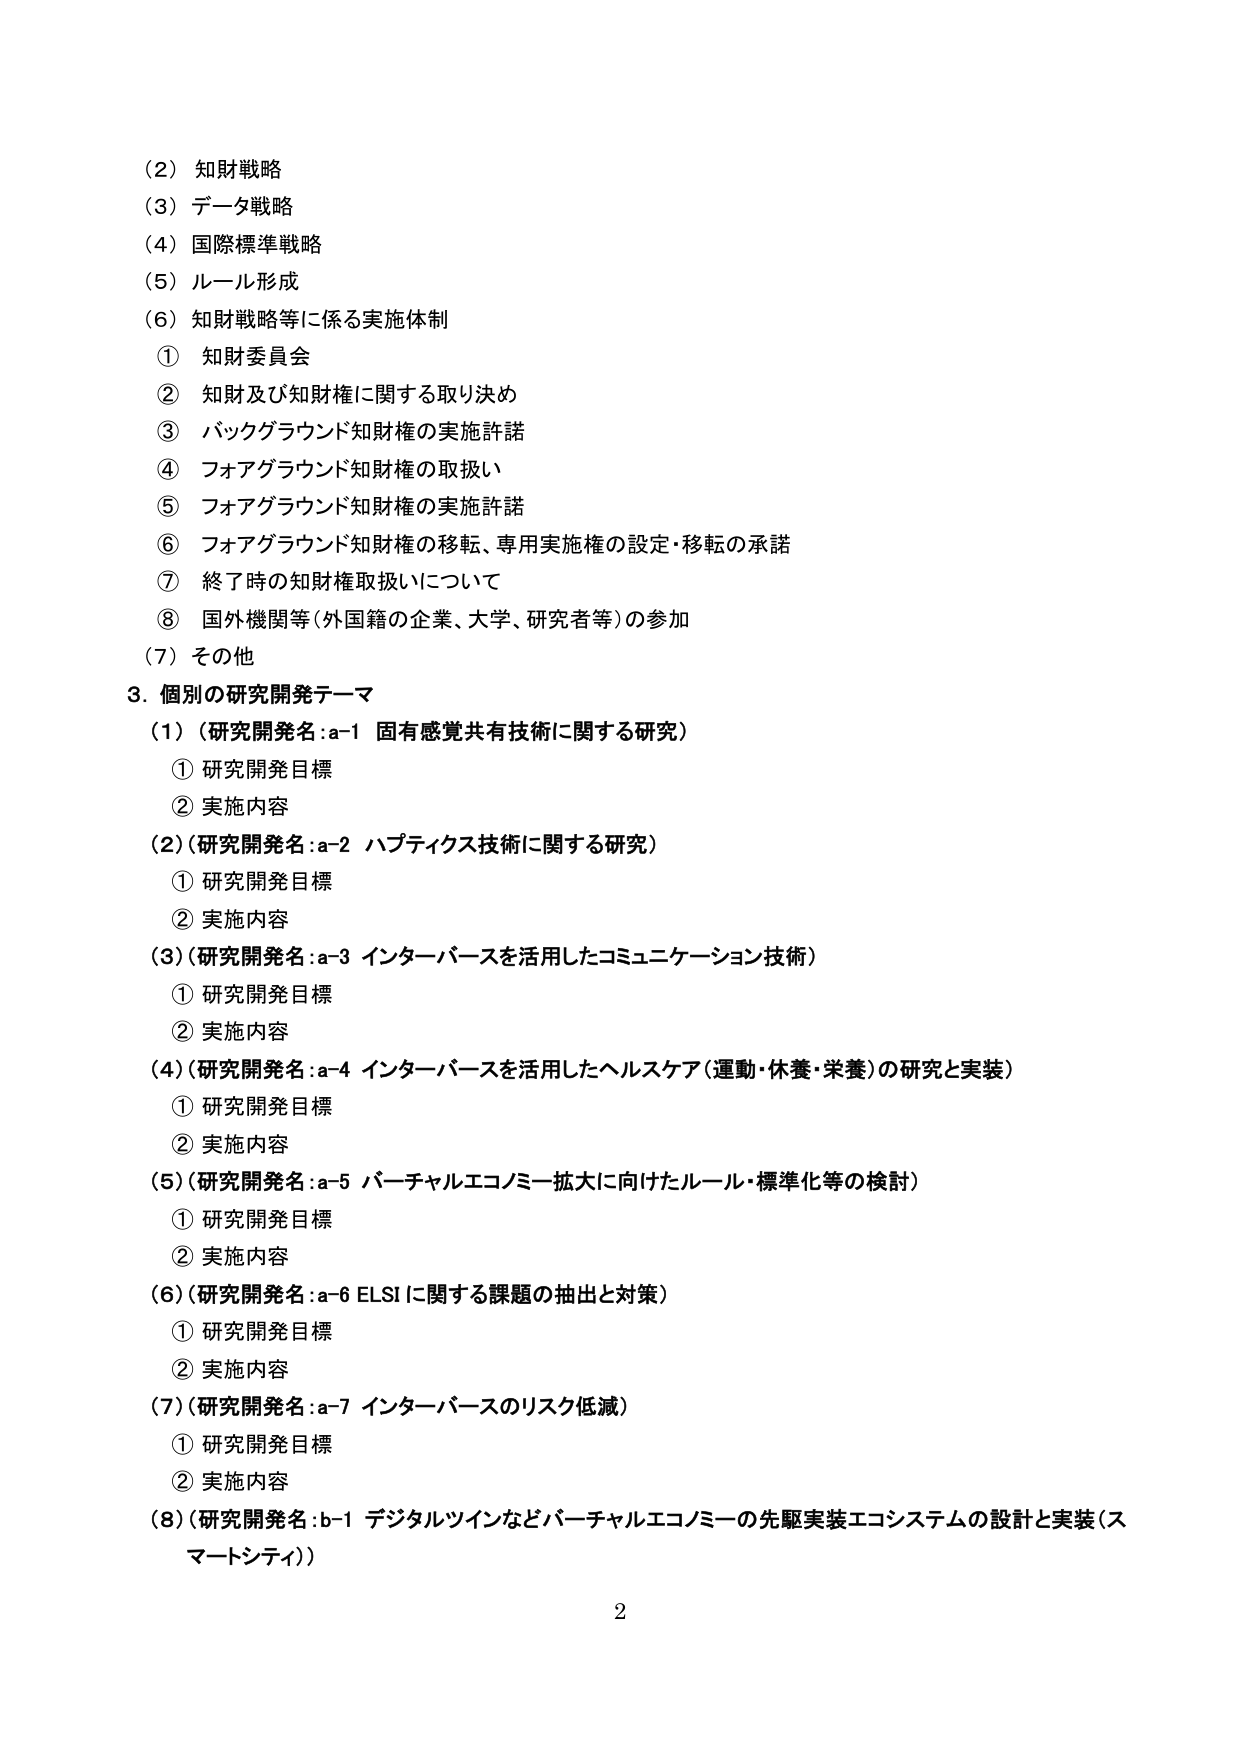
（2）知財戦略
（3）データ戦略
（4）国際標準戦略
（5）ルール形成
（6）知財戦略等に係る実施体制
　① 知財委員会
　② 知財及び知財権に関する取り決め
　③ バックグラウンド知財権の実施許諾
　④ フォアグラウンド知財権の取扱い
　⑤ フォアグラウンド知財権の実施許諾
　⑥ フォアグラウンド知財権の移転、専用実施権の設定・移転の承諾
　⑦ 終了時の知財権取扱いについて
　⑧ 国外機関等（外国籍の企業、大学、研究者等）の参加
（7）その他

3. 個別の研究開発テーマ
（1）（研究開発名：a-1 固有感覚共有技術に関する研究）
　① 研究開発目標
　② 実施内容
（2）（研究開発名：a-2 ハプティクス技術に関する研究）
　① 研究開発目標
　② 実施内容
（3）（研究開発名：a-3 インターバースを活用したコミュニケーション技術）
　① 研究開発目標
　② 実施内容
（4）（研究開発名：a-4 インターバースを活用したヘルスケア（運動・休養・栄養）の研究と実装）
　① 研究開発目標
　② 実施内容
（5）（研究開発名：a-5 バーチャルエコノミー拡大に向けたルール・標準化等の検討）
　① 研究開発目標
　② 実施内容
（6）（研究開発名：a-6 ELSIに関する課題の抽出と対策）
　① 研究開発目標
　② 実施内容
（7）（研究開発名：a-7 インターバースのリスク低減）
　① 研究開発目標
　② 実施内容
（8）（研究開発名：b-1 デジタルツインなどバーチャルエコノミーの先駆実装エコシステムの設計と実装（スマートシティ））

2